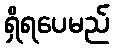
ရှိရပေမည်